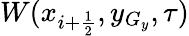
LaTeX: W(x_{i+\frac{1}{2}},y_{G_{y}},\tau)